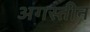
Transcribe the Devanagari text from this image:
अगस्तीन